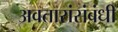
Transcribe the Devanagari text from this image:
अवतारांसंबंधी